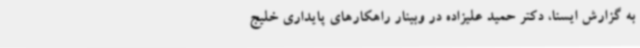
به گزارش ایسنا، دکتر حمید علیزاده در وبینار راهکارهای پایداری خلیج